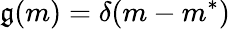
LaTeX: \mathfrak{g}(m)=\delta(m-m^{*})